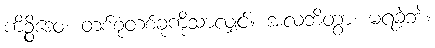
ကိဉ္စိဒေဝ၊ တစ်စုံတစ်ခုကိုသာလျှင်။ အလဘိတွာ၊ မရခဲ့ဘဲ။